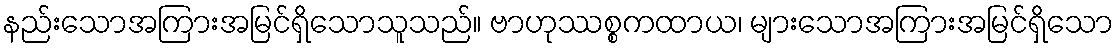
နည်းသောအကြားအမြင်ရှိသောသူသည်။ ဗာဟုဿစ္စကထာယ၊ များသောအကြားအမြင်ရှိသော